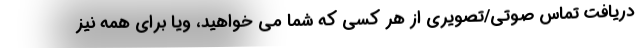
دریافت تماس صوتی/تصویری از هر کسی که شما می خواهید، ویا برای همه نیز